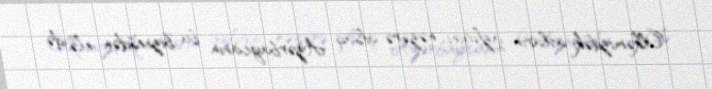
Ölkəmizdəki atların azlığını nəzərə alsaq Azərbaycanın bu biznesdən elə də